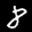
Label: 8